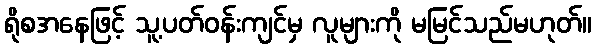
ရိုစအနေဖြင့် သူ့ပတ်ဝန်းကျင်မှ လူများကို မမြင်သည်မဟုတ်။